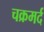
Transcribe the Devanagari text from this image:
चक्रमर्द